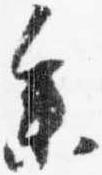
参